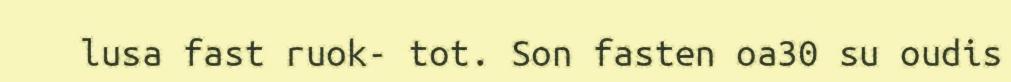
lusa fast ruok- tot. Son fasten oa30 su oudis